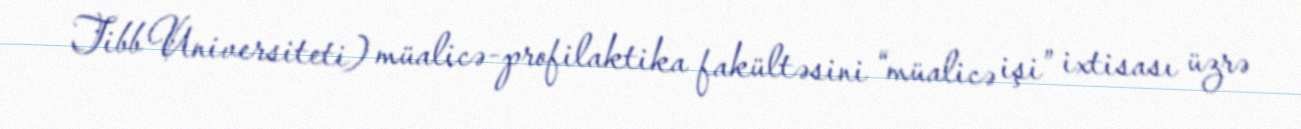
Tibb Universiteti) müalicə-profilaktika fakültəsini “müalicə işi” ixtisası üzrə